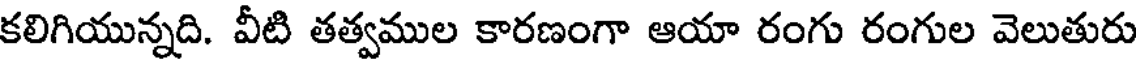
కలిగియున్నది. వీటి తత్వముల కారణంగా ఆయా రంగు రంగుల వెలుతురు